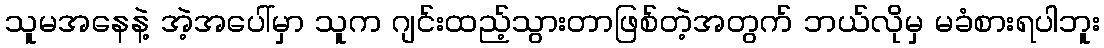
သူမအနေနဲ့ အဲ့အပေါ်မှာ သူက ဂျင်းထည့်သွားတာဖြစ်တဲ့အတွက် ဘယ်လိုမှ မခံစားရပါဘူး